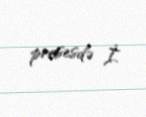
prosesdə İ.